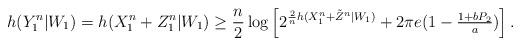
LaTeX: \begin{align*} h(Y_1^n|W_1)&=h(X_1^n+Z_1^n|W_1)\geq\frac{n}{2}\log\left[ 2^{\frac{2}{n}h(X_1^n+\tilde{Z}^n|W_1)} + 2\pi e(1-\tfrac{1+bP_2}{a}) \right].\end{align*}